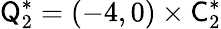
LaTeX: \mathsf Q_{2}^{*}=(-4,0)\times\mathsf C_{2}^{*}